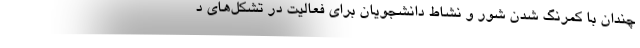
چندان با کمرنگ شدن شور و نشاط دانشجویان برای فعالیت در تشکل‌های د